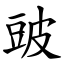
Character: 䜵